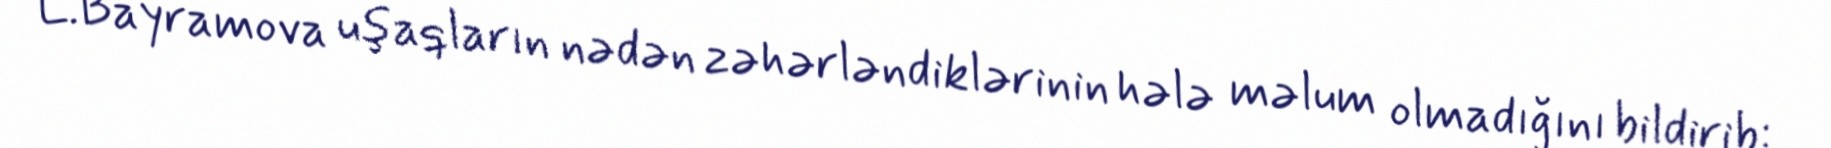
L.Bayramova uşaqların nədən zəhərləndiklərinin hələ məlum olmadığını bildirib: